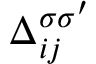
\Delta _ { i j } ^ { \sigma \sigma ^ { \prime } }